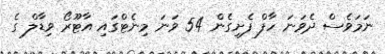
ނަމަވެސް ދެވަަނަ ހާފް ފެށިގެން 54 ވަނަ މިނެޓްގައި އާޓޫރޯ ވިޑާލް ގެ